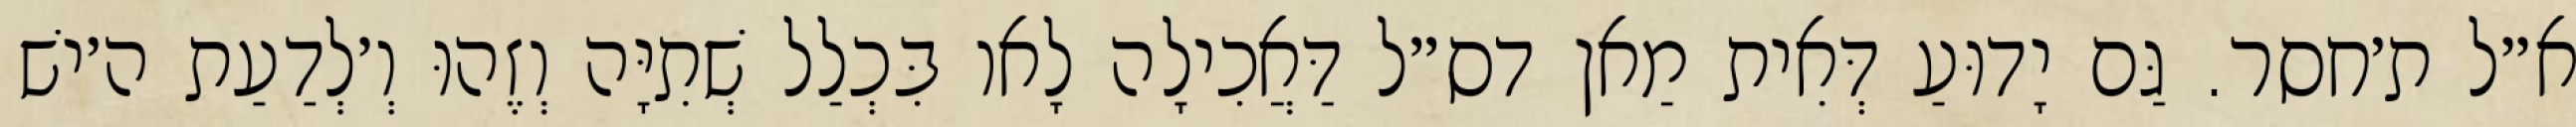
א״ל ת׳חסר. גַּם יָדוּעַ דְּאִית מַאן דס״ל דַּאֲכִילָה לָאו בִּכְלַל שְׁתִיָּה וְזֶהוּ וְ׳לְדַעַת ה׳ישׁ